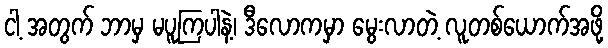
ငါ့ အတွက် ဘာမှ မပူကြပါနဲ့၊ ဒီလောကမှာ မွေးလာတဲ့ လူတစ်ယောက်အဖို့